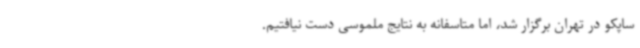
ساپکو در تهران برگزار شد، اما متاسفانه به نتایج ملموسی دست نیافتیم.